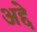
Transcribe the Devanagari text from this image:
अद्दे